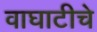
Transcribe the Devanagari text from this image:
वाघाटीचे